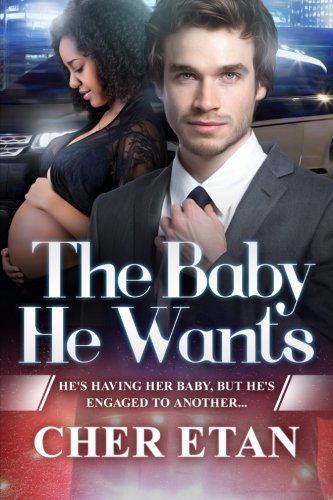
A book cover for The Baby He Wants: A BWWM Pregnancy Romance; Cher Etan; Romance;